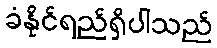
ခံနိုင်ရည်ရှိပါသည်